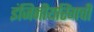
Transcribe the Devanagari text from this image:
इंजिनीयरिंगची